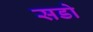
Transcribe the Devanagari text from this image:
सडो